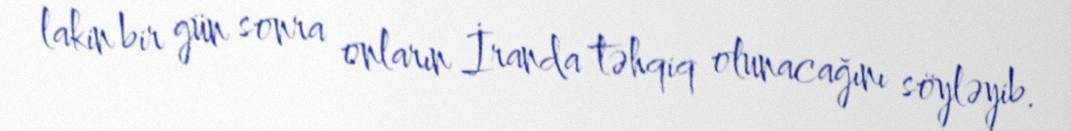
lakin bir gün sonra onların İranda təhqiq olunacağını söyləyib.